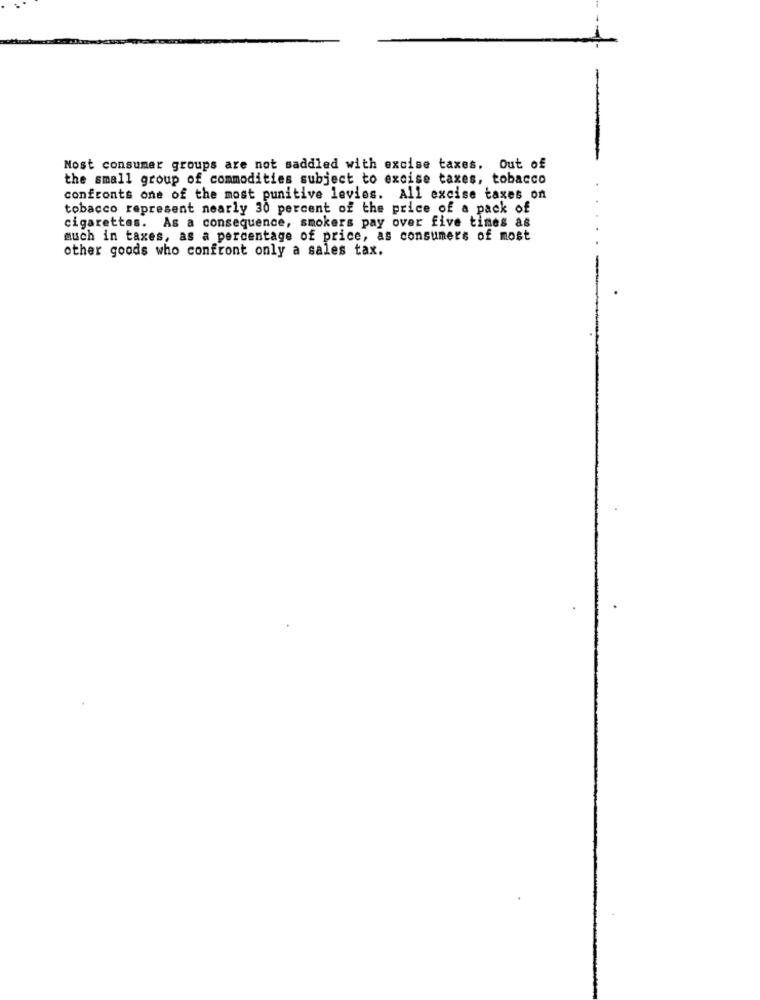
Nost consumer groups are not saddled with excise taxes. Out of
the small group of commodities subject to excise taxes, tobacco
confronts one of the most punitive levies. All excise taxes on
tobacco represent nearly 30 percent of the price of a pack of
cigarettes. As a consequence, smokers pay over five times as
much in taxes, as a percentage of price, as consumers of most
other goods who confront only a sales tax.